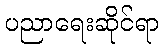
ပညာရေးဆိုင်ရာ